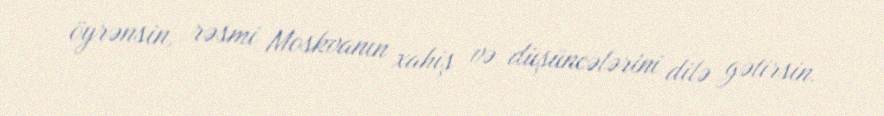
öyrənsin, rəsmi Moskvanın xahiş və düşüncələrini dilə gətirsin.